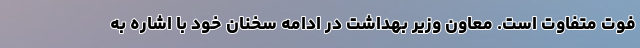
فوت متفاوت است. معاون وزیر بهداشت در ادامه سخنان خود با اشاره به